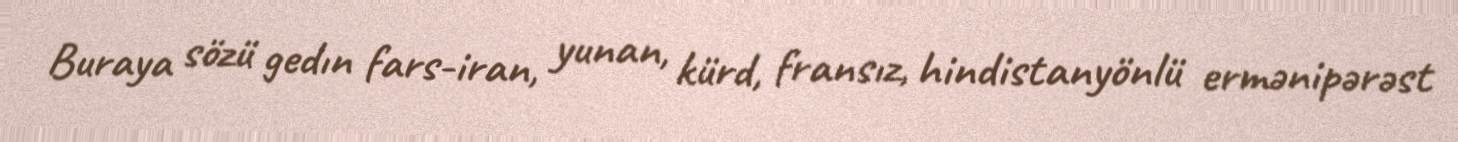
Buraya sözü gedın fars-iran, yunan, kürd, fransız, hindistanyönlü ermənipərəst